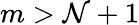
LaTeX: m>\mathcal{N}+1